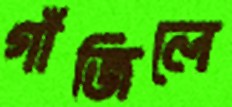
গাঁজিলে